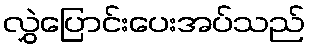
လွှဲပြောင်းပေးအပ်သည်